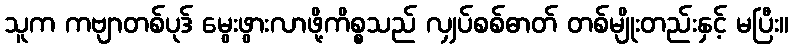
သူက ကဗျာတစ်ပုဒ် မွေးဖွားလာဖို့ကိစ္စသည် လျှပ်စစ်ဓာတ် တစ်မျိုးတည်းနှင့် မပြီး။